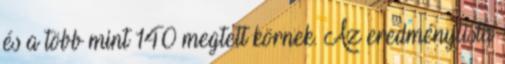
és a több mint 140 megtett körnek. Az eredménylista